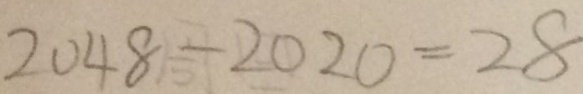
2 0 4 8 - 2 0 2 0 = 2 8